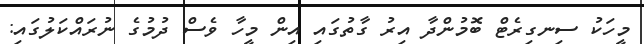
މީހަކު ސިނގިރެޓް ބޮމުންދާ އިރު ގާތުގައި އިން މީހާ ވެސް ދުމުގެ ނުރައްކަލުގައި: